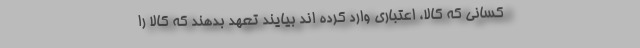
کسانی که کالا، اعتباری وارد کرده اند بیایند تعهد بدهند که کالا را